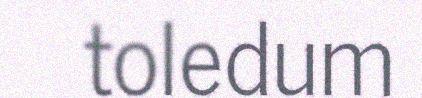
toledum